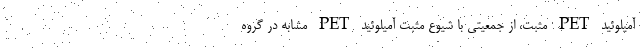
آمیلوئید PET مثبت، از جمعیتی با شیوع مثبت آمیلوئید PET مشابه در گروه